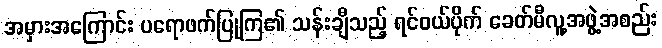
အမှားအကြောင်း ပရောဖက်ပြုကြ၏ သန်းချီသည့် ရင်ဝယ်ပိုက် ခေတ်မီလူ့အဖွဲ့အစည်း